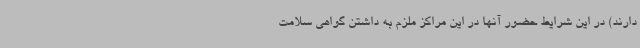
دارند) در این شرایط حضور آنها در این مراکز ملزم به داشتن گواهی سلامت